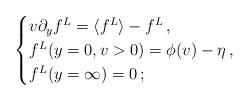
LaTeX: \begin{align*}\begin{cases}v\partial_y f^L = \langle f^L\rangle - f^L \,, \\f^L(y=0,v>0) = \phi(v) - \eta \,, \\f^L(y=\infty) = 0\,;\end{cases}\end{align*}